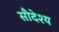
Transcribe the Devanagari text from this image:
सौदेश्य